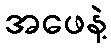
အဖေနဲ့